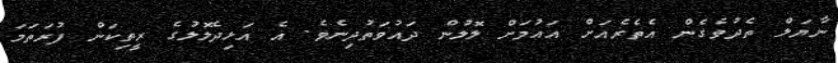
ނާޔަލް ތެދުވެގެން އެތެރެއަށް އައުމަށް ލޮލުން ދައުވަތުދިނެވެ. އެ އަޅިދެލޮލުގެ ރީތިކަން ފުރަތަމަ